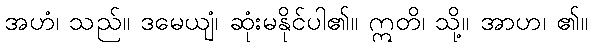
အဟံ၊ သည်။ ဒမေယျံ၊ ဆုံးမနိုင်ပါ၏။ ဣတိ၊ သို့။ အာဟ၊ ၏။